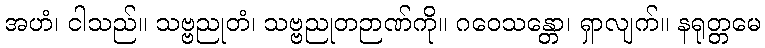
အဟံ၊ ငါသည်။ သဗ္ဗညုတံ၊ သဗ္ဗညုတဉာဏ်ကို။ ဂဝေသန္တော၊ ရှာလျက်။ နရုတ္တမေ